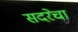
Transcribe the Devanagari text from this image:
सदरेचा